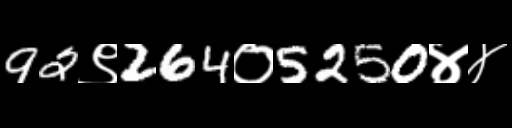
Text: 92९264०5250४४